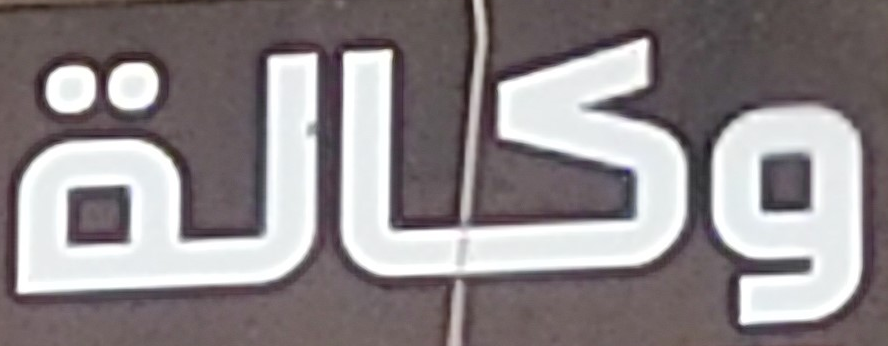
وكالة